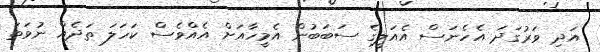
އަދި ވަރުގަދަ އެހެނަސް އެއަލީގެ ސަބަބުން އެމީހާއަށް އެއްވެސް ކަހަލަ ތަދެއް ނުވަތަ